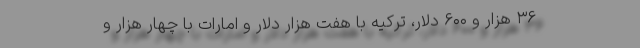
۳۶ هزار و ۶۰۰ دلار، ترکیه با هفت هزار دلار و امارات با چهار هزار و